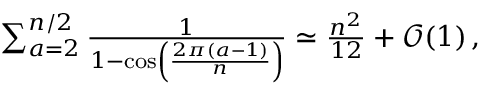
\begin{array} { r } { \sum _ { a = 2 } ^ { n / 2 } \frac { 1 } { 1 - \cos \left( \frac { 2 \pi ( a - 1 ) } { n } \right) } \simeq \frac { n ^ { 2 } } { 1 2 } + \mathcal { O } ( 1 ) \, , } \end{array}